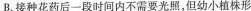
B.接种花药后一段时间内不需要光照，但幼小植株形